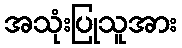
အသုံးပြုသူအား